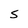
Character: S